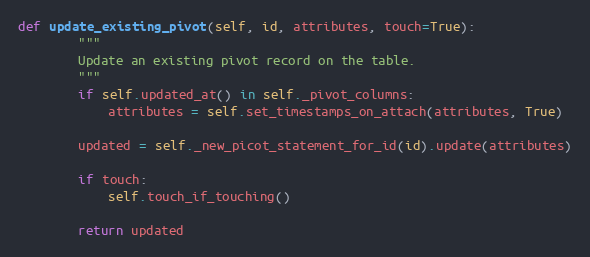
Language: Python
def update_existing_pivot(self, id, attributes, touch=True):
        """
        Update an existing pivot record on the table.
        """
        if self.updated_at() in self._pivot_columns:
            attributes = self.set_timestamps_on_attach(attributes, True)

        updated = self._new_picot_statement_for_id(id).update(attributes)

        if touch:
            self.touch_if_touching()

        return updated